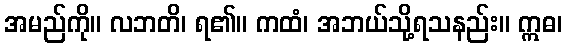
အမည်ကို။ လဘတိ၊ ရ၏။ ကထံ၊ အဘယ်သို့ရသနည်း။ ဣဓ၊